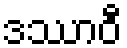
ဒဿာဝီ